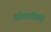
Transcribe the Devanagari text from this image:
ऑकतीव्ह